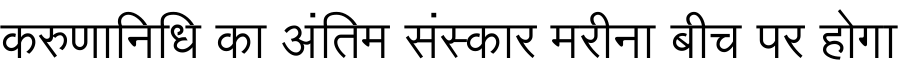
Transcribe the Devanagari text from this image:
करुणानिधि का अंतिम संस्कार मरीना बीच पर होगा